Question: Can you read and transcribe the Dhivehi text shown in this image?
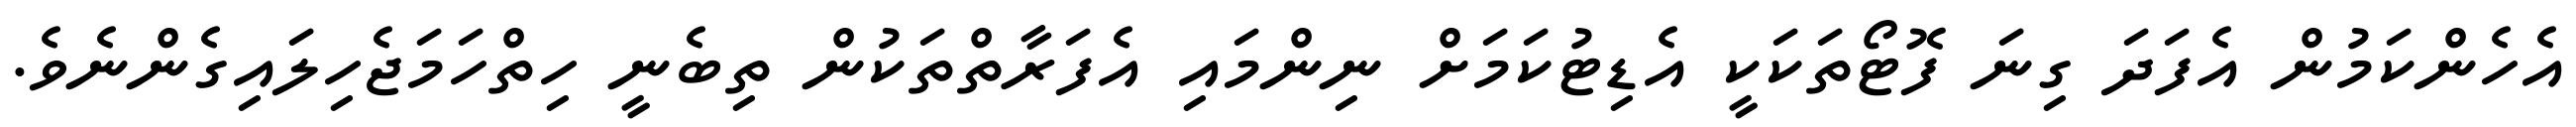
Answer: އެހެންކަމުން އެފަދަ ގިނަ ފޮޓޯތަކަކީ އެޑިޓުކަމަށް ނިންމައި އެފަރާތްތަކުން ތިބެނީ ހިތްހަމަޖެހިލައިގެންނެވެ.